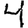
Digit: 4